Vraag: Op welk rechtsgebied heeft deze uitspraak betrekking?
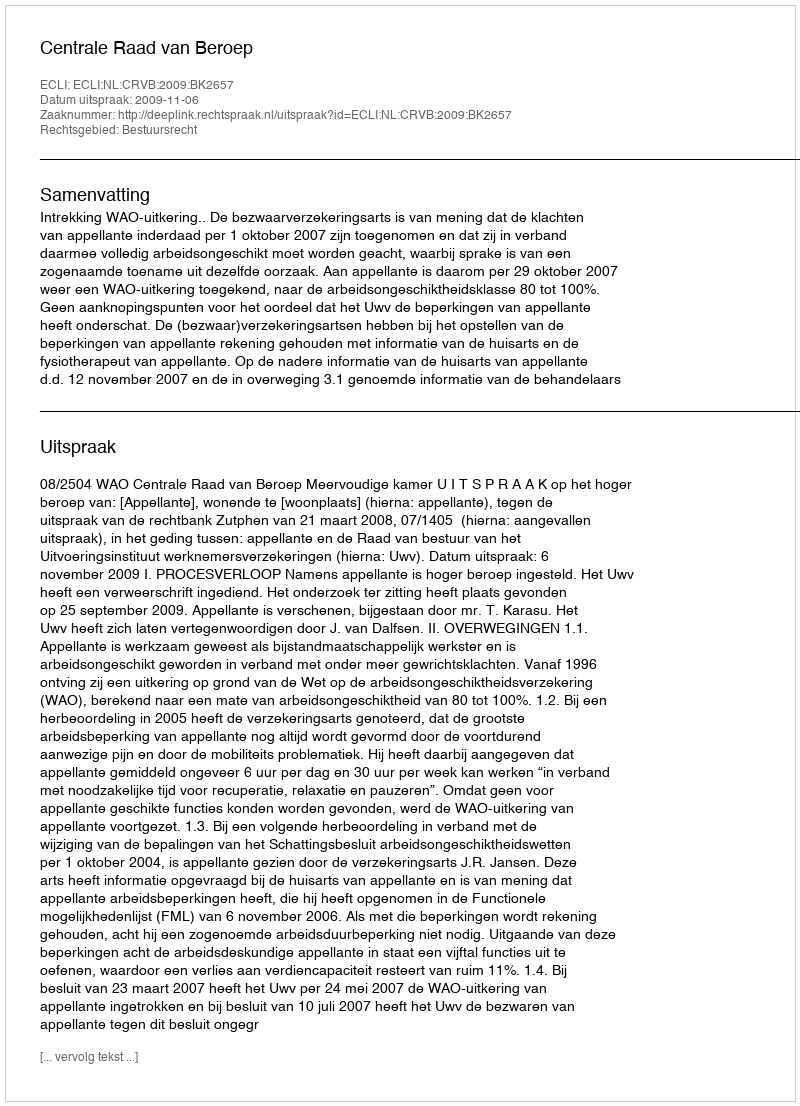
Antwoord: Bestuursrecht